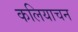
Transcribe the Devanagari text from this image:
कलियाचन